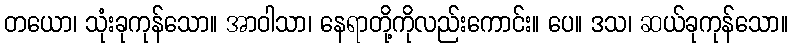
တယော၊ သုံးခုကုန်သော။ အာဝါသာ၊ နေရာတို့ကိုလည်းကောင်း။ ပေ။ ဒသ၊ ဆယ်ခုကုန်သော။